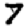
Digit: 7